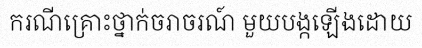
ករណីគ្រោះថ្នាក់ចរាចរណ៍ មួយបង្កឡើងដោយ